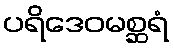
ပရိဒေဝမစ္ဆရံ